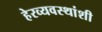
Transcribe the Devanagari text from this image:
हेरव्यवस्थांशी